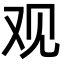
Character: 观